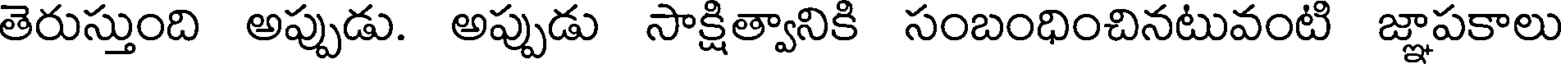
తెరుస్తుంది అప్పుడు. అప్పుడు సాక్షిత్వానికి సంబంధించినటువంటి జ్ఞాపకాలు